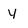
Character: y